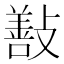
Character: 㪨